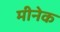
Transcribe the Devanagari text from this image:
मीनेक